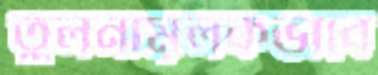
তুলনামূলকভাবে